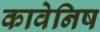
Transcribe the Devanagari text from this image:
कावेनिष